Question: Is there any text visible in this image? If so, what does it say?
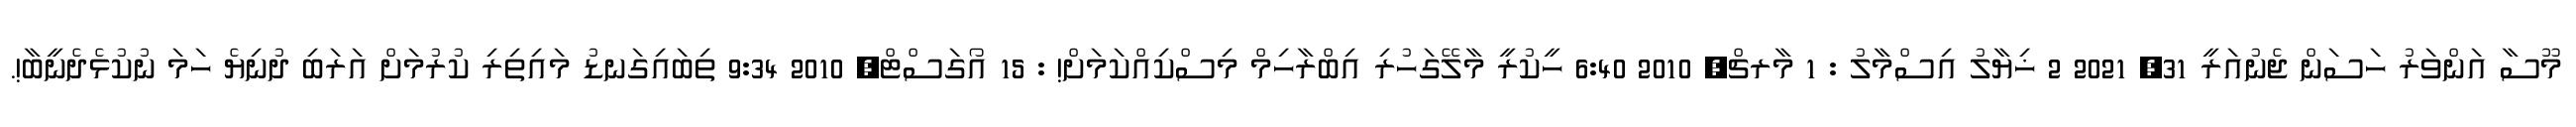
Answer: މޫސާ އަންވަރު ހަސަން ޖެނުއަރީ 31, 2021 2 ޚިޔާލު އިސްމާލު : 1 މާރޗް, 2010 6:40 ހީކުރީ މާލޭގަހުރި އިބްރާހިމް މިސްކިއްކަމަށް! : 15 އޯގަސްޓް, 2010 9:34 ތިބައިގަނޑު މައިތިރި ކުރުމަށް އަރަބި ދުނިޔެ ހަމަ ނުކުޅެދެނީބާ!.